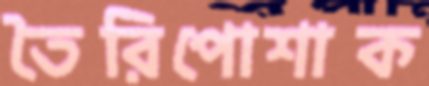
তৈরিপোশাক